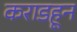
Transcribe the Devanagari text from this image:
कराडहून